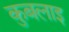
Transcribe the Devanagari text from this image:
कुबलाइ